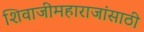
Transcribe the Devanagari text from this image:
शिवाजीमहाराजांसाठी